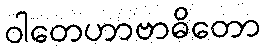
ဝါတေဟာဗာဓိတော